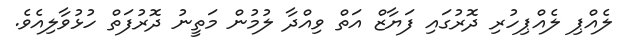
ލެއްޕި ލެއްޕިހުރި ދޮރުގައި ފަޔާޒް އަތް ވިއްދާ ލުމުން މަތީނު ދޮރުފަތް ހުޅުވާލިއެވެ.